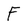
Character: F